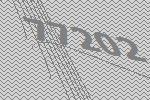
77202